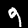
Digit: 9